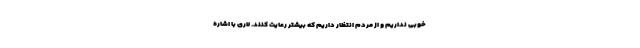
خوبی نداریم و از مردم انتظار داریم که بیشتر رعایت کنند. لاری با اشاره